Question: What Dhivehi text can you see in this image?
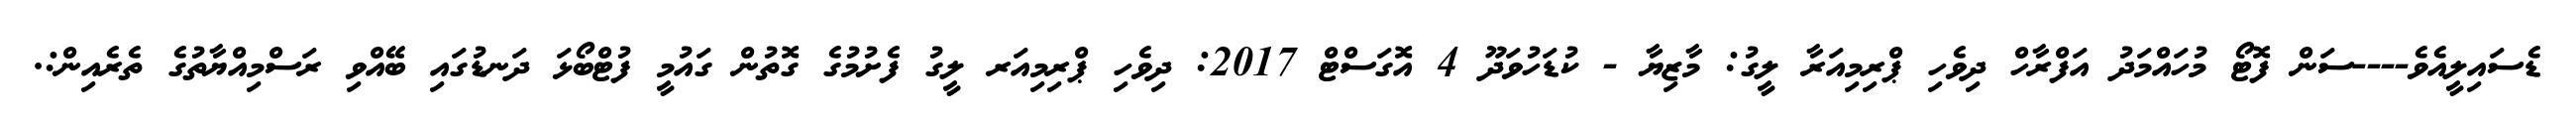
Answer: ޑެސައިލީއެވެ----ސަން ފޮޓޯ މުހައްމަދު އަފްރާހް ދިވެހި ޕްރިމިއަރާ ލީގު: މާޒިޔާ - ކުޑަހުވަދޫ 4 އޮގަސްޓް 2017: ދިވެހި ޕްރިމިއަރ ލީގު ފެށުމުގެ ގޮތުން ގައުމީ ފުޓްބޯޅަ ދަނޑުގައި ބޭއްވި ރަސްމިއްޔާތުގެ ތެރެއިން:.